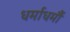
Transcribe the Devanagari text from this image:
धर्माधर्मौ